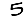
Digit: 5